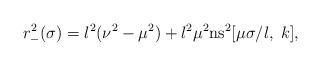
LaTeX: \begin{align*}r_-^2(\sigma)=l^2(\nu^2-\mu^2)+l^2\mu^2\mbox{ns}^2[\mu \sigma/l,\;k],\end{align*}